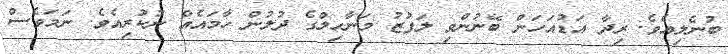
ބުނެލިއެވެ. ރިދާ އަޑުއަހަން ބޭނުންވި ލަފުޒު މަނާހިލްގެ ދުލުން ހާމައެއް ނުކުރިއެވެ. ނަމަވެސް